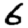
Digit: 6